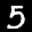
Label: 5